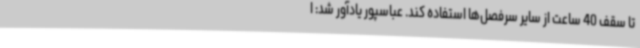
تا سقف 40 ساعت از سایر سرفصل‌ها استفاده کند. عباسپور یادآور شد: ا